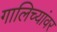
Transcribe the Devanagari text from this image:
गालिच्यांवर